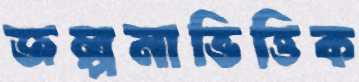
জল্পনাভিত্তিক